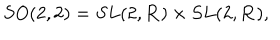
LaTeX: S O ( 2 , 2 ) = S L ( 2 , { \bf R } ) \times S L ( 2 , { \bf R } ) ,